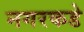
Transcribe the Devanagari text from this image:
नगरकडे